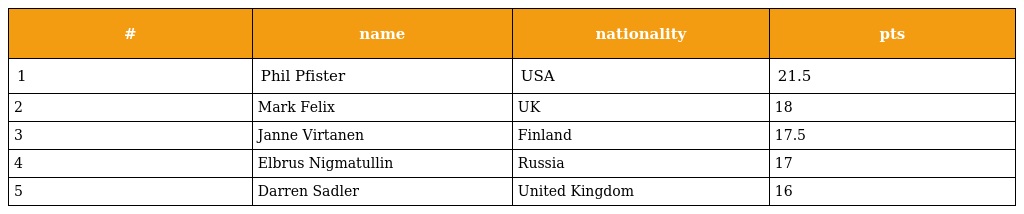
| # | name | nationality | pts |
 | --- | --- | --- | --- |
 | 1 | Phil Pfister | USA | 21.5 |
 | 2 | Mark Felix | UK | 18 |
 | 3 | Janne Virtanen | Finland | 17.5 |
 | 4 | Elbrus Nigmatullin | Russia | 17 |
 | 5 | Darren Sadler | United Kingdom | 16 |